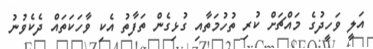
އަލީ ވަހީދުގެ މައްޗަށް ކުރި ތުހުމަތާއި ގުޅިގެން ތަފާތު އެކި ވާހަކަތައް ދެކެވުނު